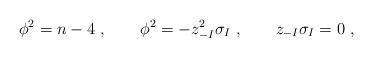
LaTeX: \begin{align*}\phi^2 = n-4~ , \qquad \phi^2 = - z_{-I}^2 \sigma_I ~, \qquad z_{-I} \sigma_I = 0~, \end{align*}